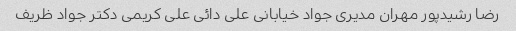
رضا رشیدپور مهران مدیری جواد خیابانی علی دائی علی کریمی دکتر جواد ظریف